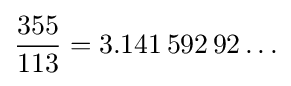
{\frac {355}{113}}=3.141\,592\,92\ldots